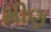
મીણ